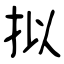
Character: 拟